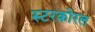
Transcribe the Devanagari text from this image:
स्टरकोरल